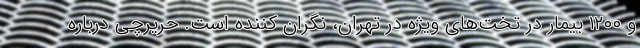
و ۱۲۰۰ بیمار در تخت‌های ویژه در تهران، نگران کننده است. حریرچی درباره